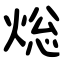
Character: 焧